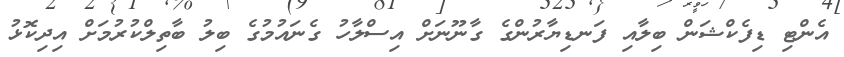
އެންޓި ޑިފެކްޝަން ބިލާއި ފަނޑިޔާރުންގެ ގާނޫނަށް އިސްލާހު ގެނައުމުގެ ބިލު ބާތިލްކުރުމަށް އިދިކޮޅު